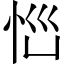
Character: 𱞐